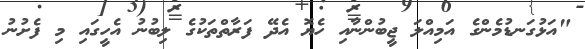
"އަޅުގަނޑުމެންގެ އަމިއްލަ ޖީބުންނާއި ހެޔޮ އެދޭ ފަރާތްތަކުގެ ލިބުނު އެހީގައި މި ފެށުނު